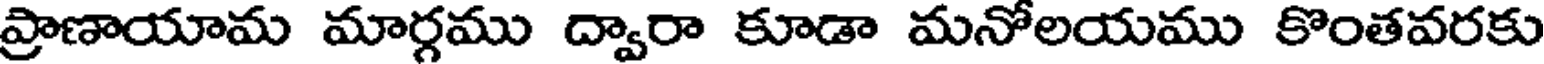
ప్రాణాయామ మార్గము ద్వారా కూడా మనోలయము కొంతవరకు